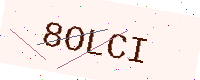
Text: 8OLCI